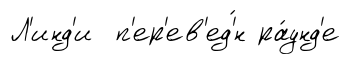
Л'инд'и п'ер'ев'ед'́н ра́унд'е